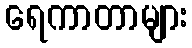
ရေကာတာများ